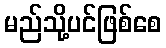
မည်သို့ပင်ဖြစ်စေ